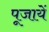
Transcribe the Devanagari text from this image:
पूजायें